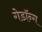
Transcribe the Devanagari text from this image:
गेडॉन्ग